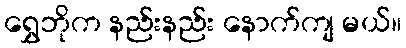
ရွှေဘိုက နည်းနည်း နောက်ကျ မယ်။